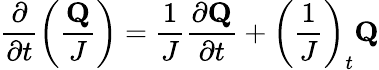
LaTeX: \frac{\partial}{\partial t}\left(\frac{\textbf{Q}}{J}\right)=\frac{1}{J}\frac{\partial\textbf{Q}}{\partial t}+\left(\frac{1}{J}\right)_{t}\textbf{Q}